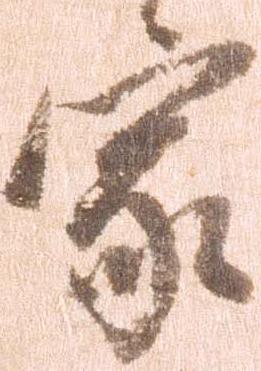
家